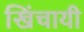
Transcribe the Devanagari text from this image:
खिंचायी